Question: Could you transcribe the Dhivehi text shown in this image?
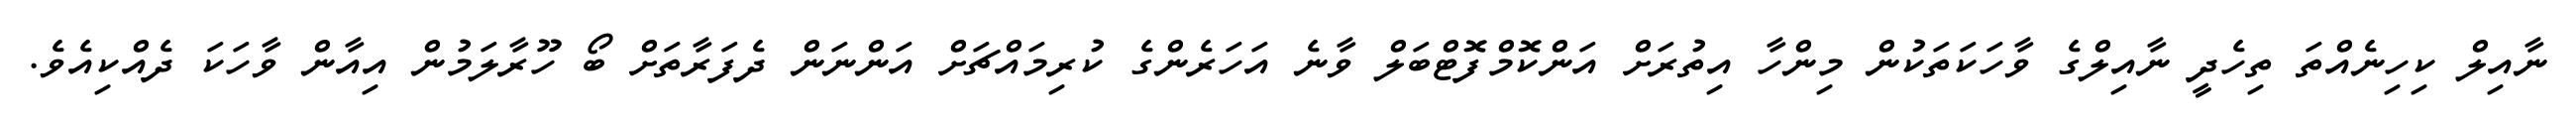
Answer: ނާއިލް ކިހިނެއްތަ ތިހެދީ ނާއިލްގެ ވާހަކަތަކުން މިންހާ އިތުރަށް އަންކޮމްފޮޓްބަލް ވާނެ އަހަރެންގެ ކުރިމައްޗަށް އަންނަން ދެފަރާތަށް ބޯ ހޫރާލަމުން އިއާން ވާހަކަ ދެއްކިއެވެ.